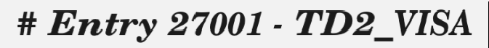
# Entry 27001 - TD2_VISA